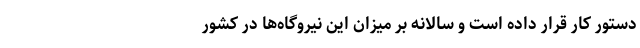
دستور کار قرار داده است و سالانه بر میزان این نیروگاه‌ها در کشور